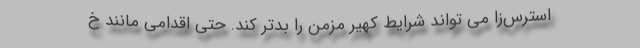
استرس‌زا می تواند شرایط کهیر مزمن را بدتر کند. حتی اقدامی مانند خ